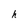
Character: h